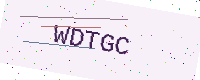
Text: WDTGC